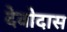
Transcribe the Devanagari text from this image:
देवोदास